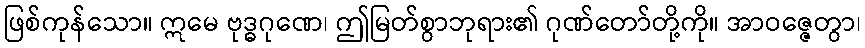
ဖြစ်ကုန်သော။ ဣမေ ဗုဒ္ဓဂုဏေ၊ ဤမြတ်စွာဘုရား၏ ဂုဏ်တော်တို့ကို။ အာဝဇ္ဇေတွာ၊